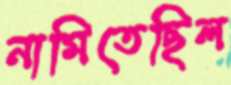
নামিতেছিল